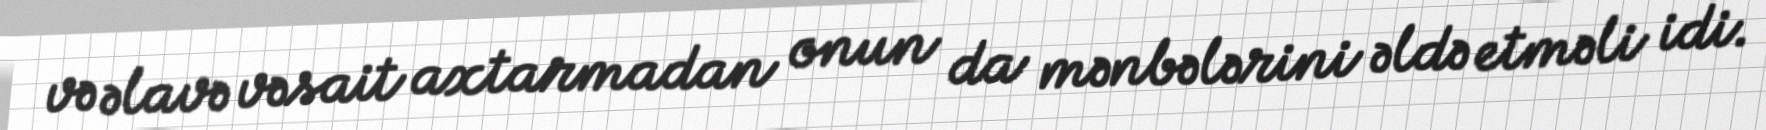
və əlavə vəsait axtarmadan onun da mənbələrini əldə etməli idi.